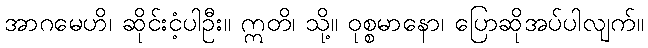
အာဂမေဟိ၊ ဆိုင်းငံ့ပါဦး။ ဣတိ၊ သို့။ ဝုစ္စမာနော၊ ပြောဆိုအပ်ပါလျက်။